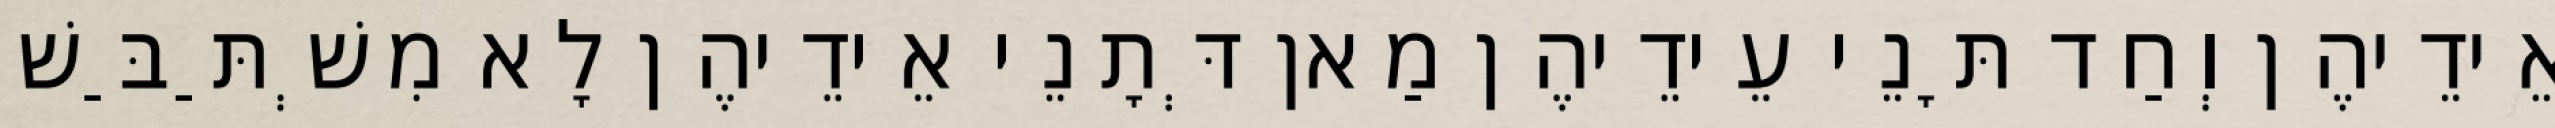
אֵידֵיהֶן וְחַד תָּנֵי עֵידֵיהֶן מַאן דְּתָנֵי אֵידֵיהֶן לָא מִשְׁתַּבַּשׁ